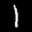
Label: 1